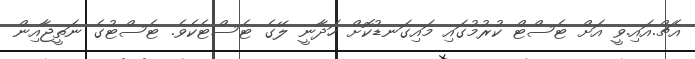
އެޗް.އައި.ވީ އަށް ޓެސްޓް ކުރުމުގައި މައިގަނޑުކޮށް ހަދާނީ ލޭގެ ޓެސްޓެކެވެ. ޓެސްޓުގެ ނަތީޖާއިން